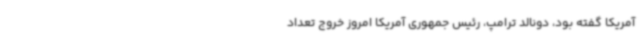
آمریکا گفته بود، دونالد ترامپ، رئیس جمهوری آمریکا امروز خروج تعداد